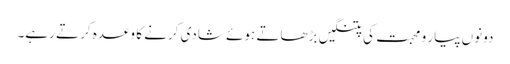
دونوں پیار و محبت کی پتنگیں بڑھاتے ہوئے شادی کرنے کا وعدہ کرتے رہے۔